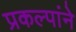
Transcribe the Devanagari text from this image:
प्रकल्पांने